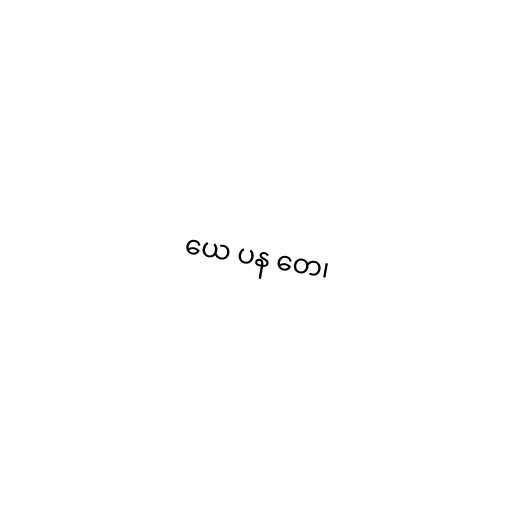
ယေ ပန တေ၊